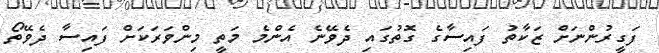
ފަގީރުންނަށް ޒަކާތު ފައިސާގެ ގޮތުގައި ދެވޭނެ އެންމެ މަތީ މިންވަރަކަށް ފައިސާ ދެވޭތޯ